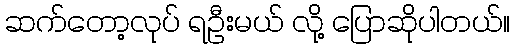
ဆက်တော့လုပ် ရဦးမယ် လို့ ပြောဆိုပါတယ်။